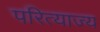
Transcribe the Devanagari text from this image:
परित्याज्य